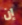
إن